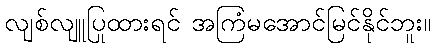
လျစ်လျူပြုထားရင် အကြံမအောင်မြင်နိုင်ဘူး။